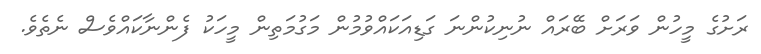
ރަށުގެ މީހުން ވަރަށް ބޭރައް ނުނިކުންނަ ގަޑިއަކައްވުމުން މަގުމަތިން މީހަކު ފެންނާކައްވެސް ނެތެވެ.